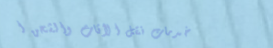
خدمات نقل الأثاث والشحن ا